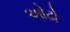
ઓઢો